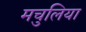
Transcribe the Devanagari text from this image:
मचुलिया